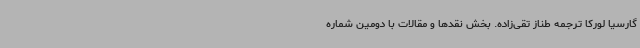
گارسیا لورکا ترجمه طناز تقی‌زاده. بخش نقدها و مقالات با دومین شماره